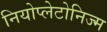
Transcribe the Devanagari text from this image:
नियोप्लेटोनिज्म